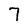
Character: 7